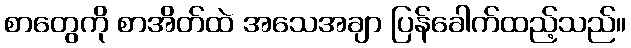
စာတွေကို စာအိတ်ထဲ အသေအချာ ပြန်ခေါက်ထည့်သည်။